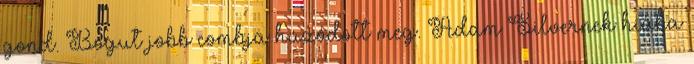
gond. Bogut jobb combja húzódott meg. Adam Silvernek hiába